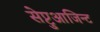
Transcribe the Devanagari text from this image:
सेप्टुआजिन्ट